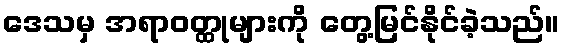
ဒေသမှ အရာဝတ္ထုများကို တွေ့မြင်နိုင်ခဲ့သည်။